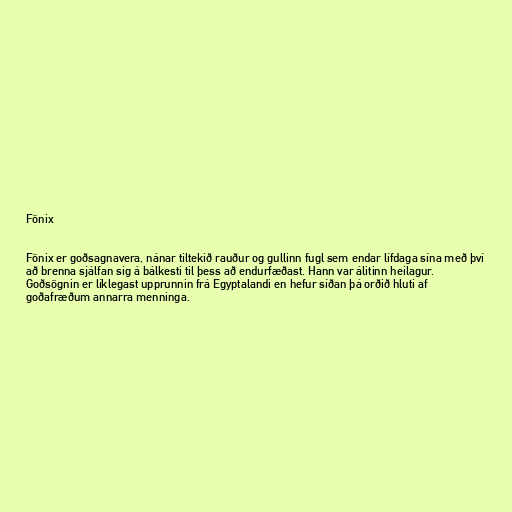
Fönix

Fönix er goðsagnavera, nánar tiltekið rauður og gullinn fugl sem endar lífdaga sína með því
að brenna sjálfan sig á bálkesti til þess að endurfæðast. Hann var álitinn heilagur.
Goðsögnin er líklegast upprunnin frá Egyptalandi en hefur síðan þá orðið hluti af
goðafræðum annarra menninga.